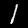
Label: 1